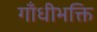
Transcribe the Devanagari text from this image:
गाँधीभक्ति